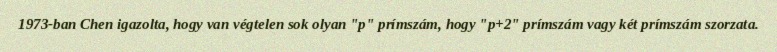
1973-ban Chen igazolta, hogy van végtelen sok olyan "p" prímszám, hogy "p+2" prímszám vagy két prímszám szorzata.